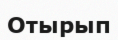
Отырып